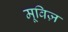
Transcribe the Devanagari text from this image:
मूविज़